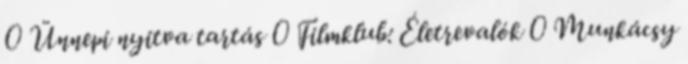
0 Ünnepi nyitva tartás 0 Filmklub: Életrevalók 0 Munkácsy